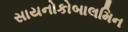
સાયનોકોબાલમિન